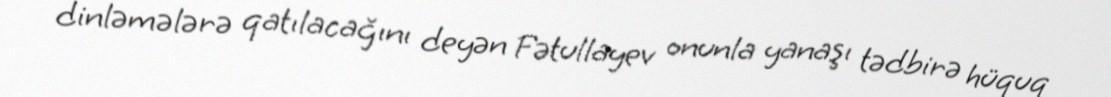
dinləmələrə qatılacağını deyən Fətullayev onunla yanaşı tədbirə hüquq